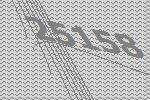
25158